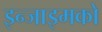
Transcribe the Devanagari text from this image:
इन्जाइमको